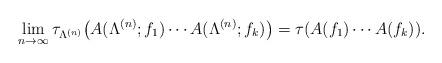
LaTeX: \begin{align*}\lim_{n\to\infty}\tau_{\Lambda^{(n)}} \big( A(\Lambda^{(n)};f_1)\dotsm A(\Lambda^{(n)};f_k)\big)=\tau(A(f_1)\dotsm A(f_k)).\end{align*}